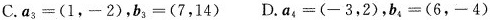
C.$$a_{3}=(1，-2)$$，$$b_{3}=(7，14)$$ D.$$a_{4}=(-3，2)$$，$$b_{4}=(6，-4)$$